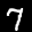
Label: 7